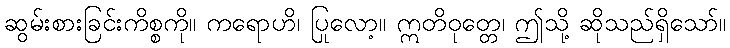
ဆွမ်းစားခြင်းကိစ္စကို။ ကရောဟိ၊ ပြုလော့။ ဣတိဝုတ္တေ၊ ဤသို့ ဆိုသည်ရှိသော်။